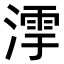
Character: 𣼻